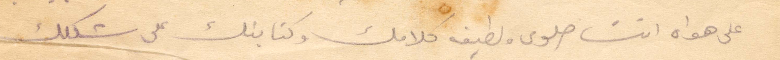
على هواه انت حلوى ولطيفه كلامك وكتابتك على شكلك